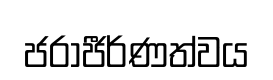
ජරාජීර්ණත්වය